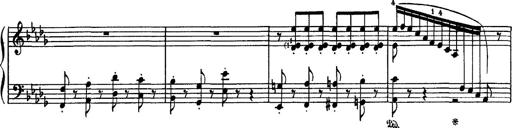
Title: Fantaisie sur des motifs favoris de l'opÃ©ra 'La sonnambula'
Composer: Franz Liszt